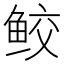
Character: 鲛